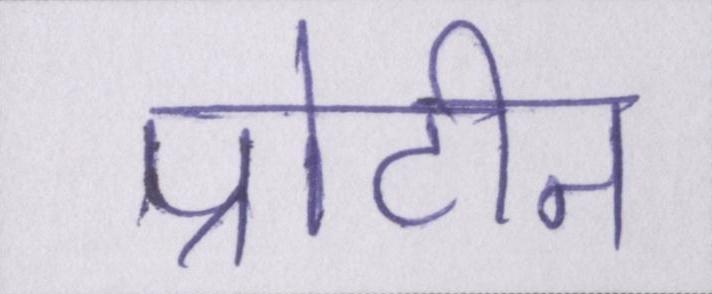
प्रोटीन